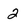
Character: 2